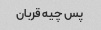
پس چیه قربان